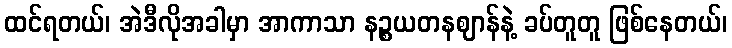
ထင်ရတယ်၊ အဲဒီလိုအခါမှာ အာကာသာ နဉ္စယတနဈာန်နဲ့ ခပ်တူတူ ဖြစ်နေတယ်၊